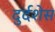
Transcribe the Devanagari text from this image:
दुर्दशेस